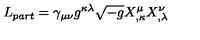
L _ { p a r t } = \gamma _ { \mu \nu } g ^ { \kappa \lambda } \sqrt { - g } X _ { , \kappa } ^ { \mu } X _ { , \lambda } ^ { \nu }